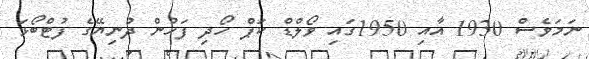
ނަމަވެސް 1930 އާއި 1950ގައި ވޯލްޑް ކަޕް ހޯދި ފަހުން ދުނިޔޭގެ ފުޓްބޯޅަ